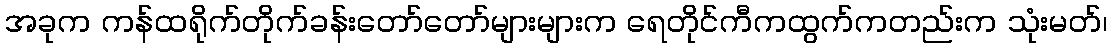
အခုက ကန်ထရိုက်တိုက်ခန်းတော်တော်များများက ရေတိုင်ကီကထွက်ကတည်းက သုံးမတ်၊